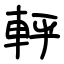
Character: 軤